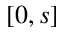
[ 0 , s ]